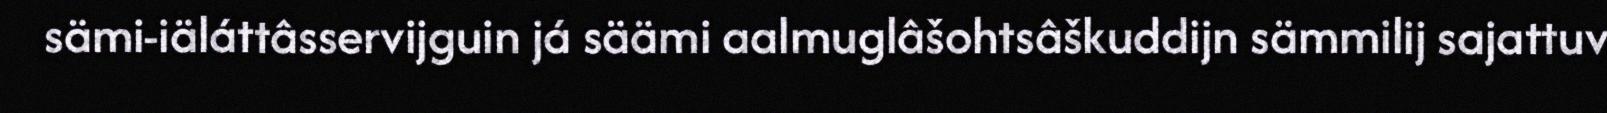
sämi-iäláttâsservijguin já säämi aalmuglâšohtsâškuddijn sämmilij sajattuv